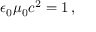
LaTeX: \epsilon _ { 0 } \mu _ { 0 } c ^ { 2 } = 1 \, ,